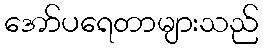
အော်ပရေတာများသည်